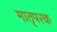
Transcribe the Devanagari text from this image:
मातृपरक